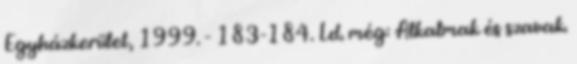
Egyházkerület, 1999. - 183-184. Ld. még: Alkalmak és szavak.